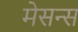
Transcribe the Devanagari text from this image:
मेसन्स